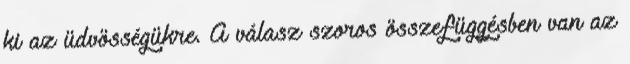
ki az üdvösségükre. A válasz szoros összefüggésben van az